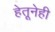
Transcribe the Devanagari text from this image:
हेतूनेही